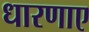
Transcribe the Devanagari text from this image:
धारणाए